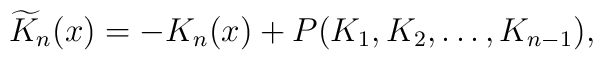
\widetilde{K}_n(x) =	-K_n(x) + P(K_1, K_2, \dots , K_{n-1}),